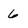
Character: 6